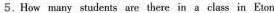
5. How many students are there in a class in Eton